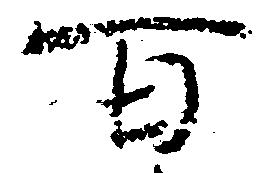
百